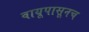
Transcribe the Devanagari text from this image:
वायूपासूनच